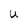
Character: U